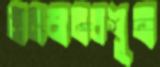
জনমানবশূন্য